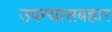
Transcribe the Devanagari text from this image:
उपन्यासबहार